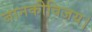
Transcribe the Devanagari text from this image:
जानकीविजय।